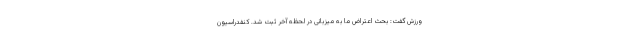
ورزش گفت: بحث اعتراض ما به میزبانی در لحظه آخر ثبت شد. کنفدراسیون